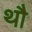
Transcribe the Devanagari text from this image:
थौ